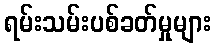
ရမ်းသမ်းပစ်ခတ်မှုများ